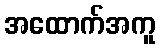
အထောက်အကူ